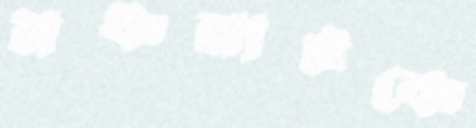
মঞ্চনাটকে